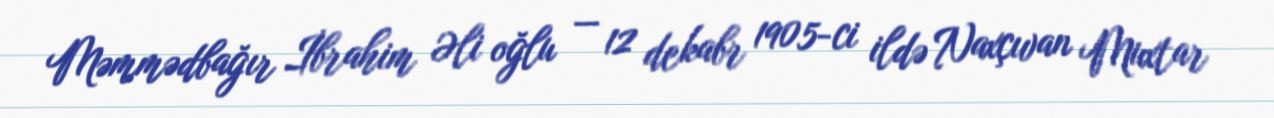
Məmmədbağır İbrahim Əli oğlu — 12 dekabr 1905-ci ildə Naxçıvan Muxtar